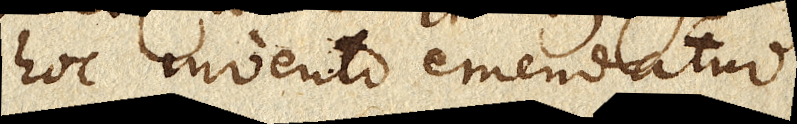
hoc invento emendatur